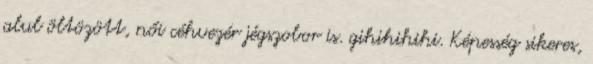
alul öltözött, női céhvezér jégszobor is. gihihihihi. Képesség sikeres,